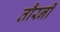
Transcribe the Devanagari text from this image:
तौरनी